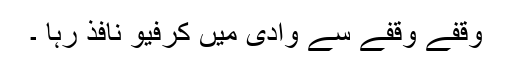
وقفے وقفے سے وادی میں کرفیو نافذ رہا ۔